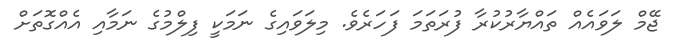
ޖޭމް ލަވައެއް ތައްޔާރުކުރާ ފުރަތަމަ ފަހަރެވެ. މިލަވައިގެ ނަމަކީ ފިލްމުގެ ނަމާއި އެއްގޮތަށް